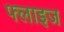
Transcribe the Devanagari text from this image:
फ्लाइज